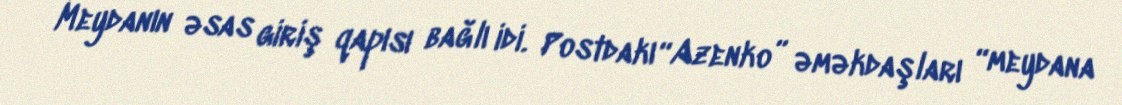
Meydanın əsas giriş qapısı bağlı idi. Postdakı “Azenko” əməkdaşları “meydana